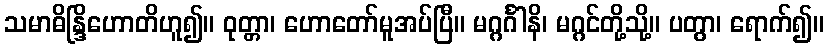
သမာဓိန္ဒြိဟောတိဟူ၍။ ဝုတ္တာ၊ ဟောတော်မူအပ်ပြီ။ မဂ္ဂင်္ဂါနိ၊ မဂ္ဂင်တို့သို့။ ပတွာ၊ ရောက်၍။